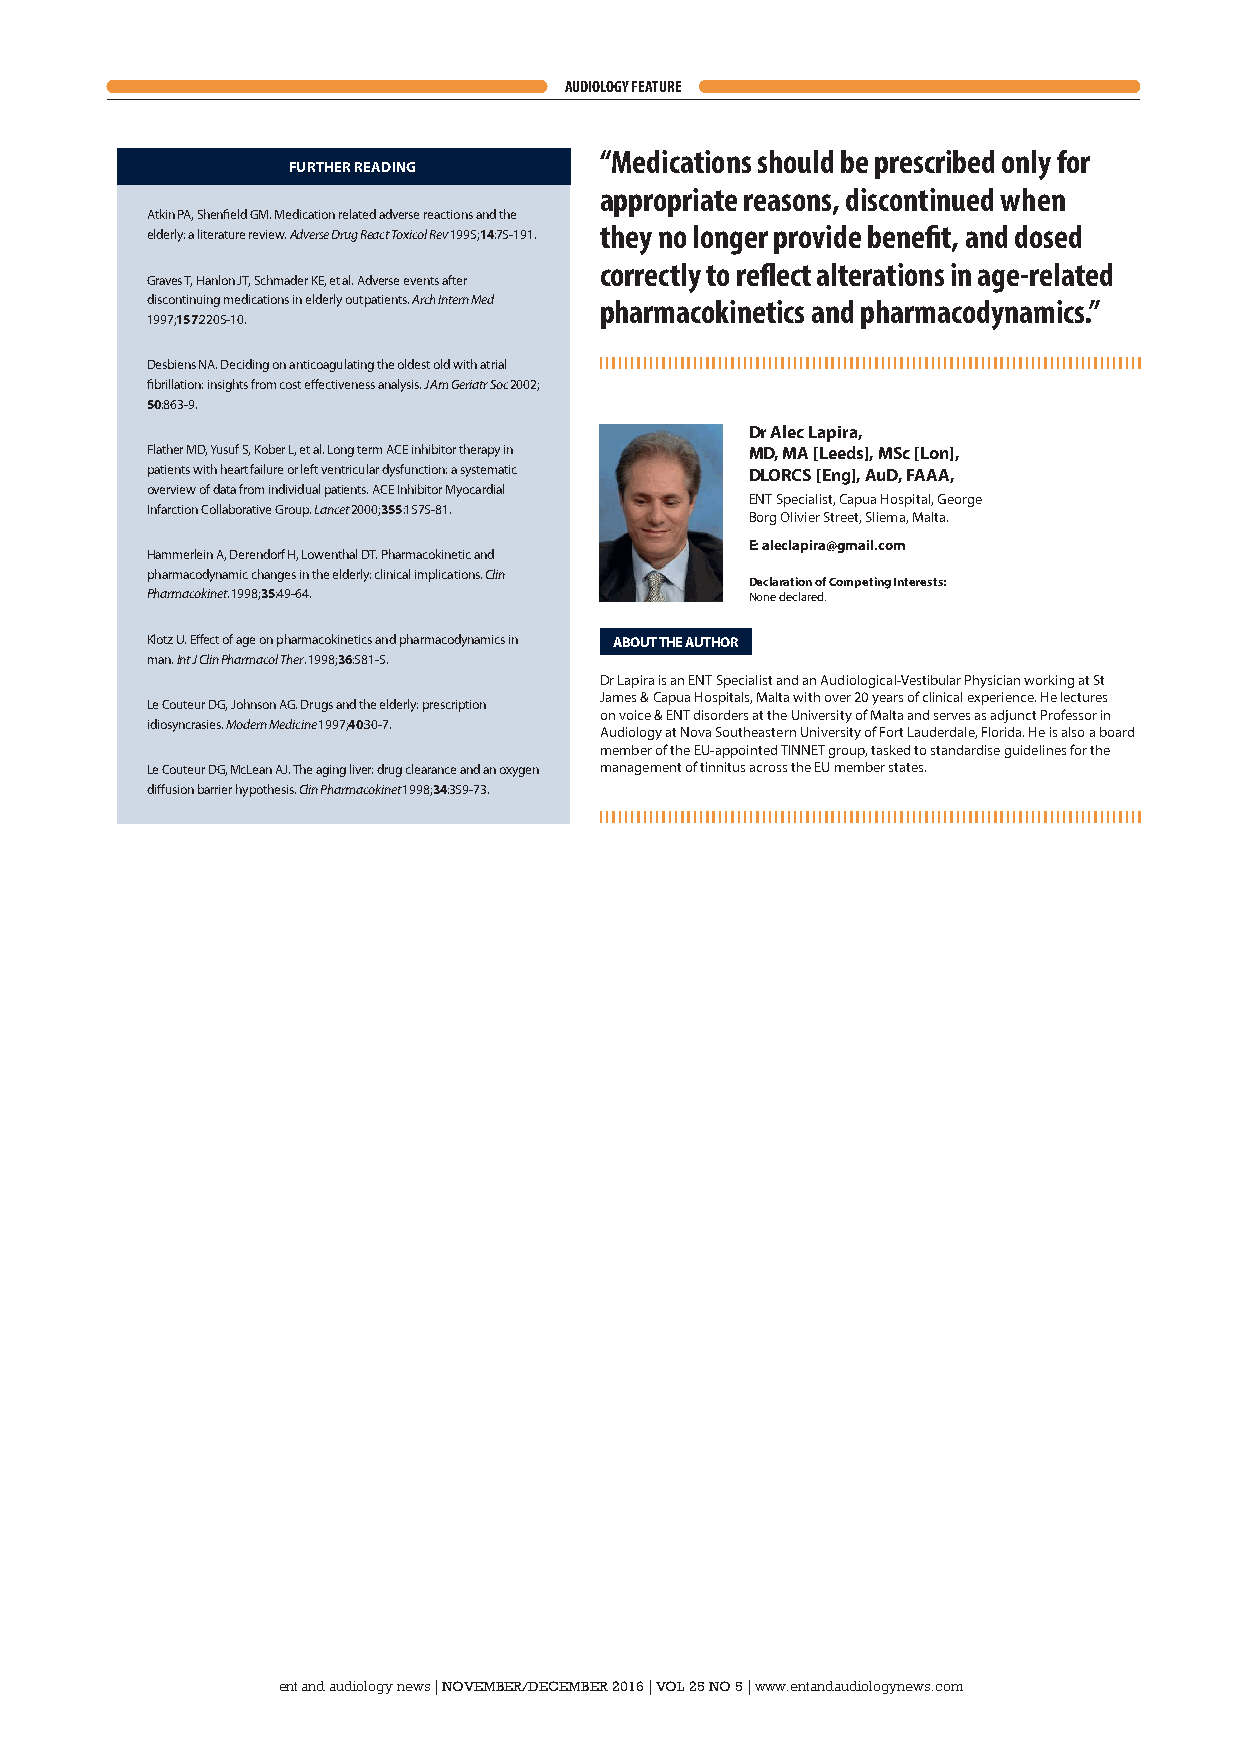
AUDIOLOGY FEATURE
 “Medications should be prescribed only for
 FURTHER READING
 appropriate reasons, discontinued when
 Atkin PA, Shenfield GM. Medication related adverse reactions and the
 elderly: a literature review. Adverse Drug React Toxicol Rev 1995;14:75-191. they no longer provide benefit, and dosed
 correctly to reflect alterations in age-related
 Graves T, Hanlon JT, Schmader KE, et al. Adverse events after
 discontinuing medications in elderly outpatients. Arch Intern Med pharmacokinetics and pharmacodynamics.”
 1997;157:2205-10.
 Desbiens NA. Deciding on anticoagulating the oldest old with atrial
 fibrillation: insights from cost effectiveness analysis. J Am Geriatr Soc 2002;
 50:863-9.
 Dr Alec Lapira,
 Flather MD, Yusuf S, Kober L, et al. Long term ACE inhibitor therapy in MD, MA [Leeds], MSc [Lon],
 patients with heart failure or left ventricular dysfunction: a systematic DLORCS [Eng], AuD, FAAA,
 overview of data from individual patients. ACE Inhibitor Myocardial
 ENT Specialist, Capua Hospital, George
 Infarction Collaborative Group. Lancet 2000;355:1575-81.
 Borg Olivier Street, Sliema, Malta.
 E: aleclapira@gmail.com
 Hammerlein A, Derendorf H, Lowenthal DT. Pharmacokinetic and
 pharmacodynamic changes in the elderly: clinical implications. Clin
 Declaration of Competing Interests:
 Pharmacokinet. 1998;35:49-64.           None declared.
 Klotz U. Effect of age on pharmacokinetics and pharmacodynamics in ABOUT THE AUTHOR
 man. Int J Clin Pharmacol Ther. 1998;36:581-5.
 Dr Lapira is an ENT Specialist and an Audiological-Vestibular Physician working at St
 James & Capua Hospitals, Malta with over 20 years of clinical experience. He lectures
 Le Couteur DG, Johnson AG. Drugs and the elderly: prescription
 on voice & ENT disorders at the University of Malta and serves as adjunct Professor in
 idiosyncrasies. Modern Medicine 1997;40:30-7.
 Audiology at Nova Southeastern University of Fort Lauderdale, Florida. He is also a board
 member of the EU-appointed TINNET group, tasked to standardise guidelines for the
 Le Couteur DG, McLean AJ. The aging liver: drug clearance and an oxygen management of tinnitus across the EU member states.
 diffusion barrier hypothesis. Clin Pharmacokinet 1998;34:359-73.
 ent and audiology news
 |
 NOVEMBER/DECEMBER 2016
 |
 VOL 25 NO 5
 |
 www.entandaudiologynews.com